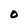
Character: O